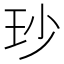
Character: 𤤉